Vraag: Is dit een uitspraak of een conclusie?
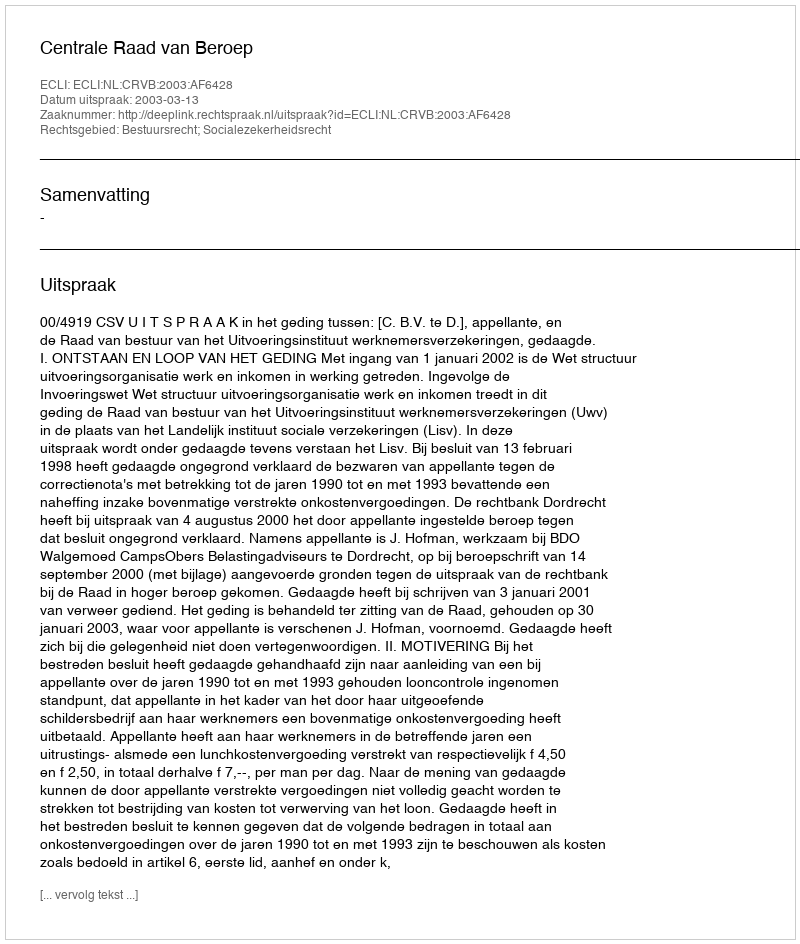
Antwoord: Uitspraak